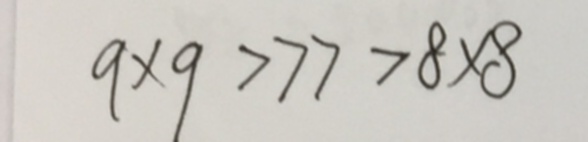
9 \times 9 > 7 7 > 8 \times 8